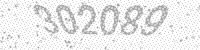
Solution: 302089